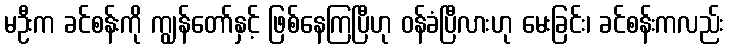
မဦးက ခင်စန်းကို ကျွန်တော်နှင့် ဖြစ်နေကြပြီဟု ဝန်ခံပြီလားဟု မေးခြင်း၊ ခင်စန်းကလည်း